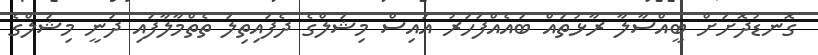
ގޮނޑުދޮށަށް ބީއްސާލާ ރާޅުތައް ބައެއްފަހަރު އައިސް މިޝަލްގެ ދެފައިތިލަ ތެތްމާލާފައި ދަނީ މިޝަލްގެ